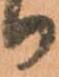
り